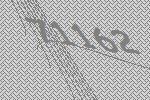
71162